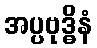
အပ္ပဗုဒ္ဓိနံ